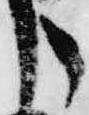
う